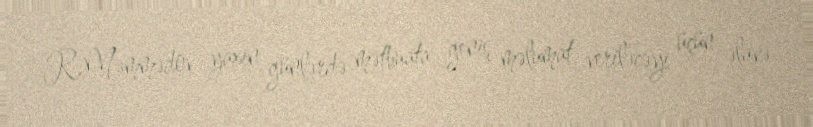
R.Məmmədov yaxın günlərdə mətbuata geniş məlumat veriləcəyi üçün əlavə